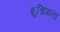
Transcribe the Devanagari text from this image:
शुश्निगला